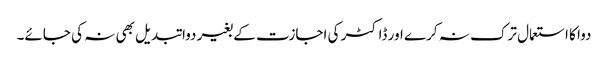
دوا کا استعمال ترک نہ کرے اور ڈاکٹر کی اجازت کے بغیر دوا تبدیل بھی نہ کی جائے۔